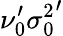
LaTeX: \nu_{0}^{\prime}{\sigma_{0}^{2}}^{\prime}